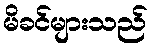
မိခင်များသည်